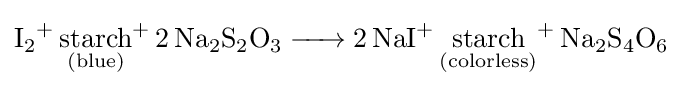
{\ce {I2{}+ {\underset {(blue)}{starch}}{}+ 2 Na2S2O3 -> 2 NaI{}+ {\underset {(colorless)}{starch}}{}+ Na2S4O6}}